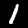
Digit: 1